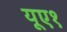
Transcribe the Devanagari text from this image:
यूए१